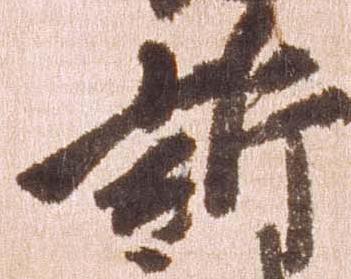
訴